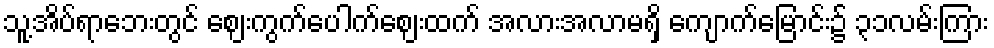
သူ့အိပ်ရာဘေးတွင် ဈေးကွက်ပေါက်ဈေးထက် အလားအလာမရှိ ကျောက်မြောင်း၌ ၃၁လမ်းကြား